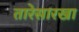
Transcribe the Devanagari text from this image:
तारेसारखा